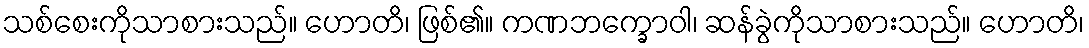
သစ်စေးကိုသာစားသည်။ ဟောတိ၊ ဖြစ်၏။ ကဏဘက္ခောဝါ၊ ဆန်ခွဲကိုသာစားသည်။ ဟောတိ၊